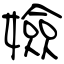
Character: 嬐